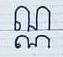
ណ្ណ